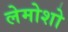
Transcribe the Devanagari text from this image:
लेमोशो